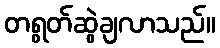
တရွတ်ဆွဲချလာသည်။